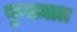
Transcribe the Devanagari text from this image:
कुख़्यात